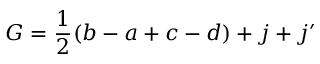
{ G = \frac 1 2 ( b - a + c - d ) + j + j ^ { \prime } }